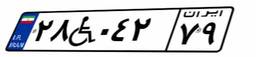
۱۲W۱۴۹۳۰